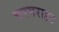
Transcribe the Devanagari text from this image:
चरमराहट